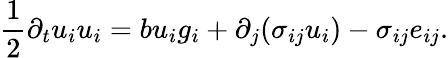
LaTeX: \frac{1}{2}\partial_{t}u_{i}u_{i}=bu_{i}g_{i}+\partial_{j}(\sigma_{ij}u_{i})-\sigma_{ij}e_{ij}.